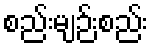
စည်းမျဉ်းစည်း